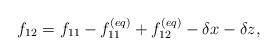
LaTeX: \begin{align*}{f_{12}} = {f_{11}} - f_{11}^{\left( {eq} \right)} + f_{12}^{\left( {eq} \right)} - \delta x - \delta z,\end{align*}